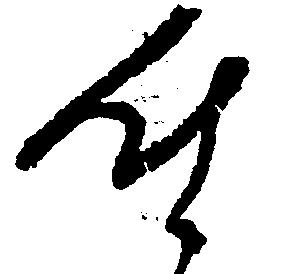
時